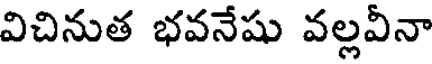
విచినుత భవనేషు వల్లవీనా